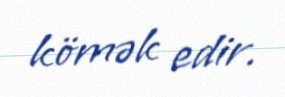
kömək edir.